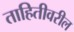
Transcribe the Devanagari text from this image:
ताहितीवरील